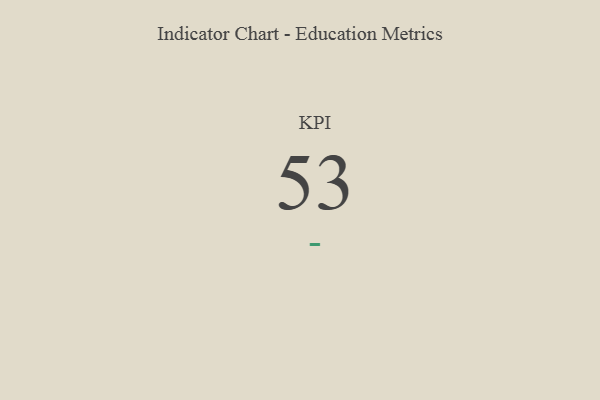
{"axis": {"x": "KPI", "y": "Value"}, "legend": [""], "data": [{"x": "KPI", "y": 53, "type": ""}]}